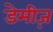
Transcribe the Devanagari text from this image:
डेमीज़